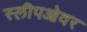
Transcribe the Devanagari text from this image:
स्लीपओवर